Annual report of the Punjab Veterinary College and of the Civil Veterinary Department, Punjab - 1926-1932
Year: 1926
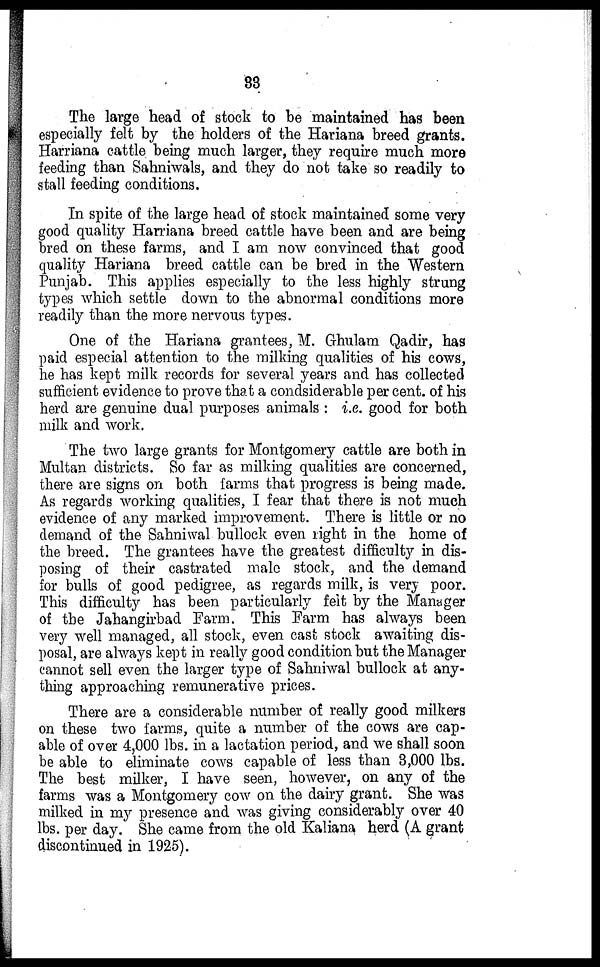
33
The large head of stock to be maintained has been
especially felt by the holders of the Hariana breed grants.
Harriana cattle being much larger, they require much more
feeding than Sahniwals, and they do not take so readily to
stall feeding conditions.
In spite of the large head of stock maintained some very
good quality Harriana breed cattle have been and are being
bred on these farms, and I am now convinced that good
quality Hariana breed cattle can be bred in the Western
Punjab. This applies especially to the less highly strung
types which settle down to the abnormal conditions more
readily than the more nervous types.
One of the Hariana grantees, M. Ghulam Qadir, has
paid especial attention to the milking qualities of his cows,
he has kept milk records for several years and has collected
sufficient evidence to prove that a condsiderable per cent. of his
herd are genuine dual purposes animals : i.e. good for both
milk and work.
The two large grants for Montgomery cattle are both in
Multan districts. So far as milking qualities are concerned,
there are signs on both farms that progress is being made.
As regards working qualities, I fear that there is not much
evidence of any marked improvement. There is little or no
demand of the Sahniwal bullock even right in the home of
the breed. The grantees have the greatest difficulty in dis-
posing of their castrated male stock, and the demand
for bulls of good pedigree, as regards milk, is very poor.
This difficulty has been particularly felt by the Manager
of the Jahangirbad Farm. This Farm has always been
very well managed, all stock, even cast stock awaiting dis-
posal, are always kept in really good condition but the Manager
cannot sell even the larger type of Sahniwal bullock at any-
thing approaching remunerative prices.
There are a considerable number of really good milkers
on these two farms, quite a number of the cows are cap-
able of over 4,000 lbs. in a lactation period, and we shall soon
be able to eliminate cows capable of less than 3,000 lbs.
The best milker, I have seen, however, on any of the
farms was a Montgomery cow on the dairy grant. She was
milked in my presence and was giving considerably over 40
lbs. per day. She came from the old Kaliana herd (A grant
discontinued in 1925).